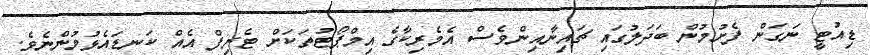
ޑިއުޓީ ނަގަން ފެށުމުން ބަދަލުގައި ޗައިނާއިންވެސް އެމެރިކާގެ އިމްޕޯޓުތަކަށް ޓެރިފް އެއް ކަނޑައެޅުމުންނެވެ.